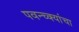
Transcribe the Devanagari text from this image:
पवन्च्क्यांचा